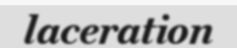
laceration